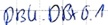
Text: DB4.DBX 0.1